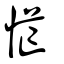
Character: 恾